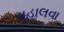
મહાલવા